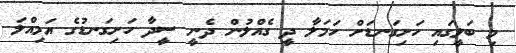
މި ބަލީގައި ހަށިގަނޑަށް ހަމަލާ ދީ ގެއްލުން ދެނީ ސީދާ ހަށިގަނޑުގެ އަމިއްލަ